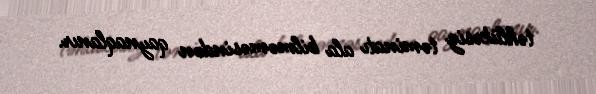
təhlükəsiz təminatı ala bilməməsindən qaynaqlanır.